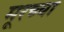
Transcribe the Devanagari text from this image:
मूरच्या